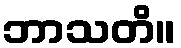
ဘာသတိ။